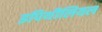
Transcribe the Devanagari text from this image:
इपिथीलियल